Insane asylums in Bengal annual reports 1876-1887 - 1876-1887
Year: 1876
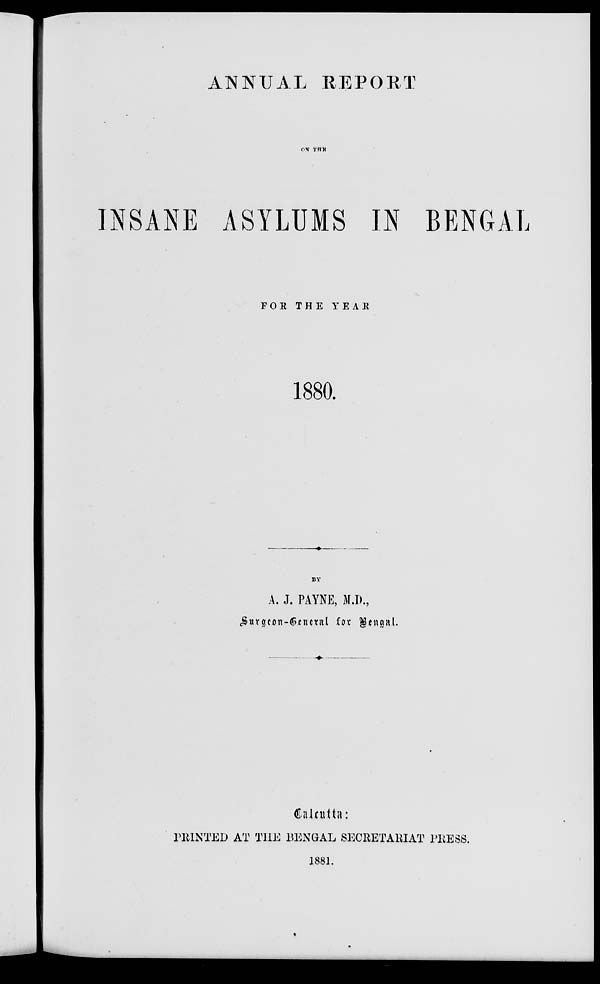
ANNUAL REPORT
ON THE
INSANE ASYLUMS IN BENGAL
FOR THE YEAR
1880.
BY
A. J. PAYNE, M.D.,
Surgeon-Geneal for Bengal.
Calcutta:
PRINTED AT THE BENGAL SECRETARIAT PRESS.
1881.